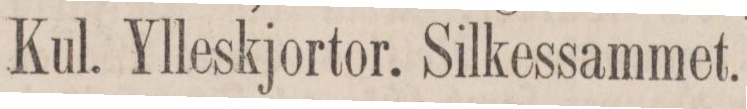
Kul. Ylleskjortor.    Silkessammet.